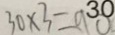
3 0 \times 3 = 9 0